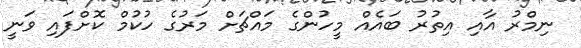
ނިމްރު އާއި އިތުރު ބައެއް މީހުންގެ މައްޗަށް މަރުގެ ހުކުމް ކޮށްފައި ވަނީ